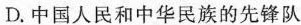
D.中国人民和中华民族的先锋队